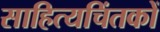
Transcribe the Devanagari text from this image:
साहित्यचिंतकों